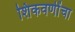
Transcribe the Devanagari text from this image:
शिकवणींचा